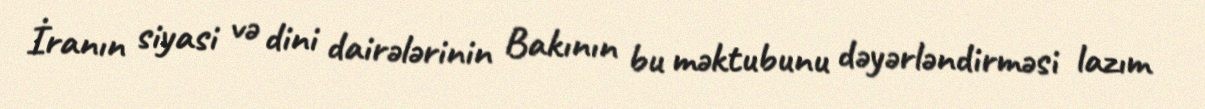
İranın siyasi və dini dairələrinin Bakının bu məktubunu dəyərləndirməsi lazım